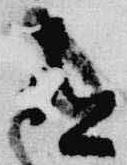
有